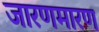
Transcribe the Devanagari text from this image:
जारणमारण